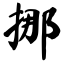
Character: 挪